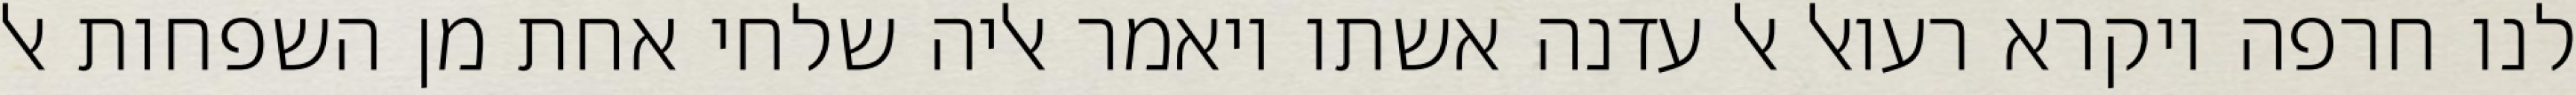
לנו חרפה ויקרא רעואל אל עדנה אשתו ויאמר אליה שלחי אחת מן השפחות אל